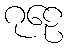
ဂုဠေ